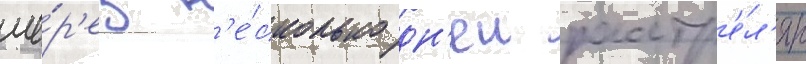
че́р'ез н'е́сколько дн'еи расстр'е́л'ян